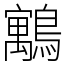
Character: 䴁